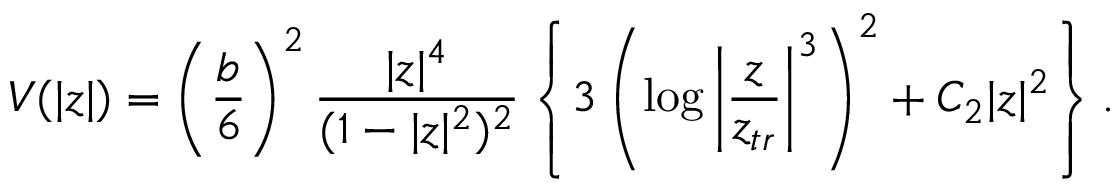
V ( | z | ) = \left( \frac { b } { 6 } \right) ^ { 2 } \frac { | z | ^ { 4 } } { ( 1 - | z | ^ { 2 } ) ^ { 2 } } \left\{ 3 \left( \log \left| \frac { z } { z _ { t r } } \right| ^ { 3 } \right) ^ { 2 } + C _ { 2 } | z | ^ { 2 } \right\} .